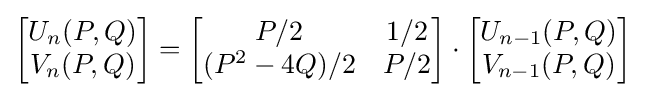
{\begin{bmatrix}U_{n}(P,Q)\\V_{n}(P,Q)\end{bmatrix}}={\begin{bmatrix}P/2&1/2\\(P^{2}-4Q)/2&P/2\end{bmatrix}}\cdot {\begin{bmatrix}U_{n-1}(P,Q)\\V_{n-1}(P,Q)\end{bmatrix}}